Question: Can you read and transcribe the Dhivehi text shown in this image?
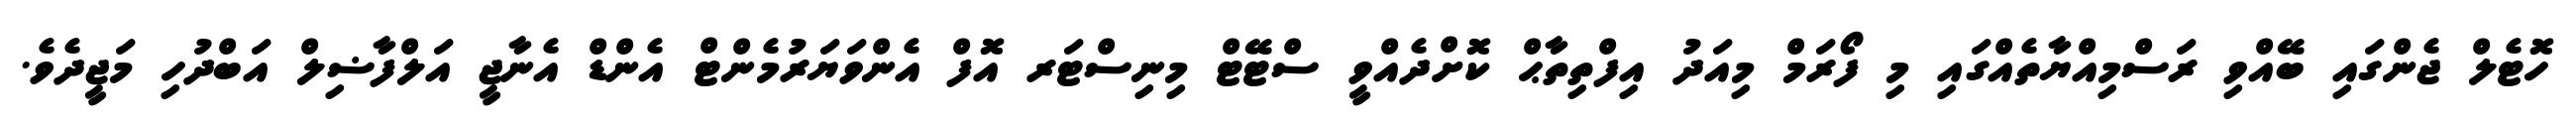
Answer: ހޮޓެލް ޖެންގައި ބޭއްވި ރަސްމިއްޔާތެއްގައި މި ފޯރަމް މިއަދު އިފްތިތާޙް ކޮށްދެއްވީ ސްޓޭޓް މިނިސްޓަރ އޮފް އެންވަޔަރުމެންޓް އެންޑް އެނާޖީ އަލްފާޟިލް އަބްދުހި މަޖީދެވެ.